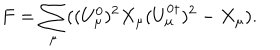
F = \sum _ { \mu } ( ( U _ { \mu } ^ { 0 } ) ^ { 2 } X _ { \mu } ( U _ { \mu } ^ { 0 \dagger } ) ^ { 2 } - X _ { \mu } ) .